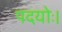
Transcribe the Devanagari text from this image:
पदयोः।